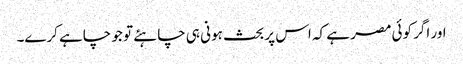
اور اگر کوئی مصر ہے کہ اس پر بحث ہونی ہی چاہئے تو جو چاہے کرے۔